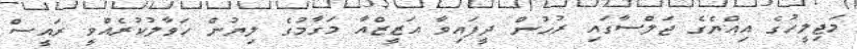
މަޖިލީހުގެ އިއްޔެގެ ޖަލްސާގައި ރުހުން ދީފައިވާ އަޒީޒްއާ މަގާމުގެ ލިޔުން ހަވާލުކުރެއްވީ ރައީސް